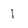
Character: I